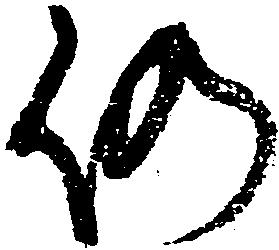
仍